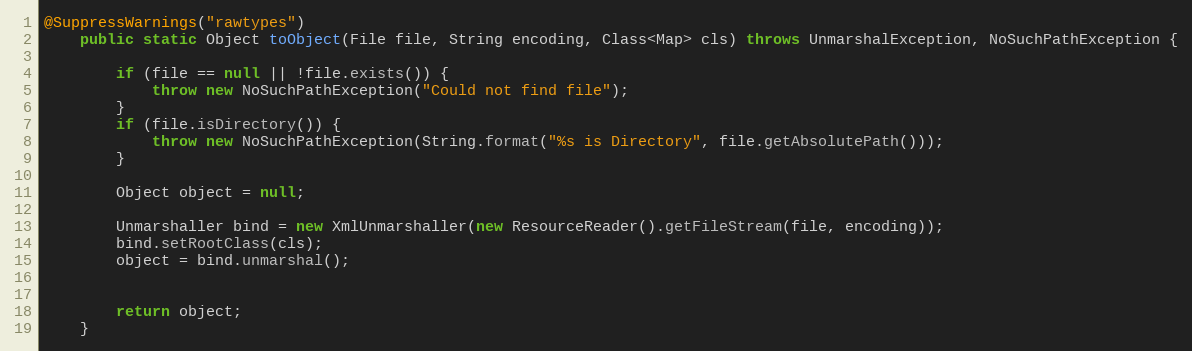
Language: Java
@SuppressWarnings("rawtypes")
	public static Object toObject(File file, String encoding, Class<Map> cls) throws UnmarshalException, NoSuchPathException {

		if (file == null || !file.exists()) {
			throw new NoSuchPathException("Could not find file");
		}
		if (file.isDirectory()) {
			throw new NoSuchPathException(String.format("%s is Directory", file.getAbsolutePath()));
		}

		Object object = null;

		Unmarshaller bind = new XmlUnmarshaller(new ResourceReader().getFileStream(file, encoding));
		bind.setRootClass(cls);
		object = bind.unmarshal();

		return object;
	}